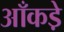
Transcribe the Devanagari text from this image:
आँकडे़